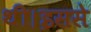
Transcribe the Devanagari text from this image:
थी।इससे